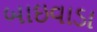
બાઇવાડા